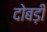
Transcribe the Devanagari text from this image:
दोबड़ी